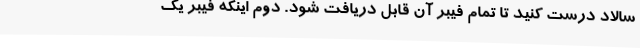
سالاد درست کنید تا تمام فیبر آن قابل دریافت شود. دوم اینکه فیبر یک